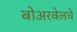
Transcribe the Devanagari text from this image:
बोअरवेलचे